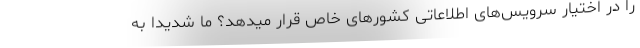
را در اختیار سرویس‌های اطلاعاتی کشورهای خاص قرار میدهد؟ ما شدیدا به